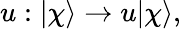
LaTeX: u:|\chi\rangle\rightarrow u|\chi\rangle,